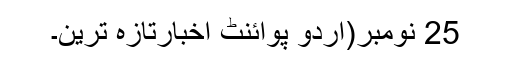
25 نومبر(اُردو پوائنٹ اخبارتازہ ترین۔